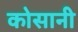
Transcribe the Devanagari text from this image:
कोसानी